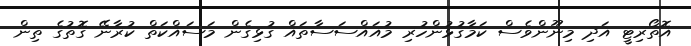
އޮތޯރިޓީ އަދި މިނޫންވެސް ކަމާގުޅުންހުރި މުއައްސަސާތައް ގުޅިގެން މަސައްކަތް ކުރާނޭ ގޮތުގެ ތިން